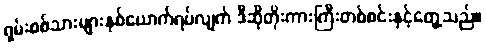
ရှမ်းစစ်သားများနှစ်ယောက်ရပ်လျက် ဒီဆိုတိုးကားကြီးတစ်စင်းနှင့်တွေ့သည်။